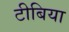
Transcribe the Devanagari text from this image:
टीबिया